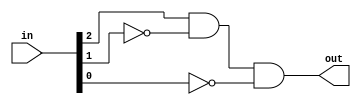
module outputlogic(out,in);
	output wire out;
	input wire [2:0] in;
	wire [1:0]in_bar;
	not not1(in_bar[1],in[1]);
	not not2(in_bar[0],in[0]);
	and and1(out,in[2],in_bar[1],in_bar[0]);
	
endmodule